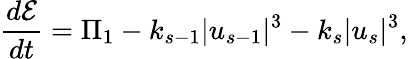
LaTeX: \frac{d\mathcal{E}}{dt}=\Pi_{1}-k_{s-1}|u_{s-1}|^{3}-k_{s}|u_{s}|^{3},